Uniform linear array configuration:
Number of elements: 64
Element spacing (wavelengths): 1
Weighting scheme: cosine
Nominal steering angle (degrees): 15
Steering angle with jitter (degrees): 16.37
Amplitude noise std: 0.05
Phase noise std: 0.05

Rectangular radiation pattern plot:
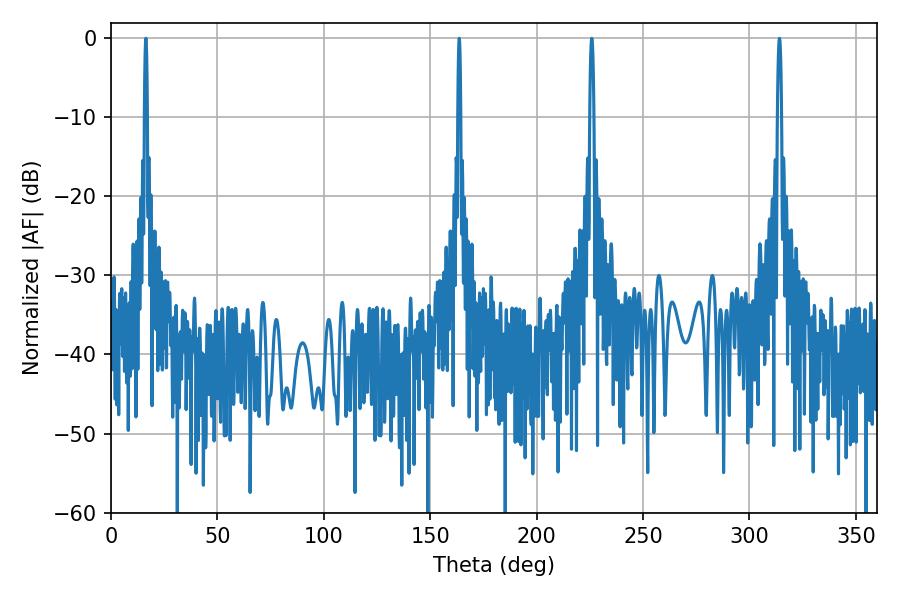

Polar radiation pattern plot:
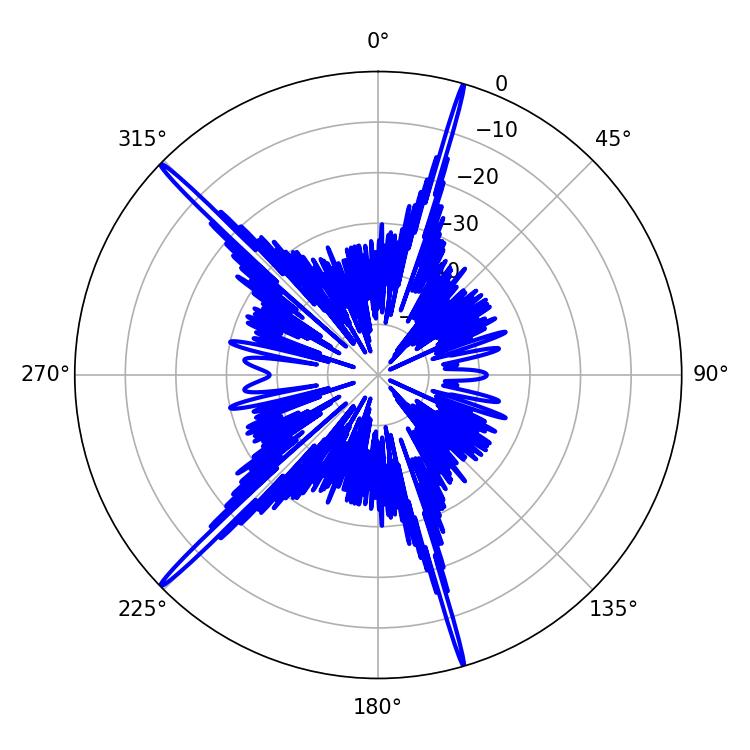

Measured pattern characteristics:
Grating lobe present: TRUE
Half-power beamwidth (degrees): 1.08
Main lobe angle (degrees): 225.9